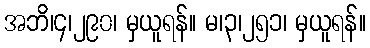
အဘိ၊၄၊၂၉၀၊ မှယူရန်။ မ၊၃၊၂၅၁၊ မှယူရန်။